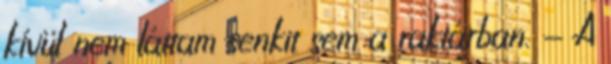
kívül nem láttam senkit sem a raktárban. - A